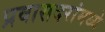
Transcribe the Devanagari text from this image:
प्रवासदरांमध्ये